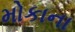
મોકાના